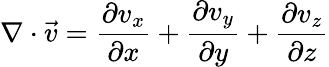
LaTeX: \nabla\cdot{\vec{v}}={\frac{\partial v_{x}}{\partial x}}+{\frac{\partial v_{y}}{\partial y}}+{\frac{\partial v_{z}}{\partial z}}